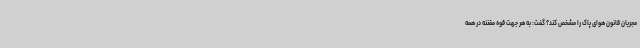
مجریان قانون هوای پاک را مشخص کند؟ گفت: به هر جهت قوه مقننه در همه